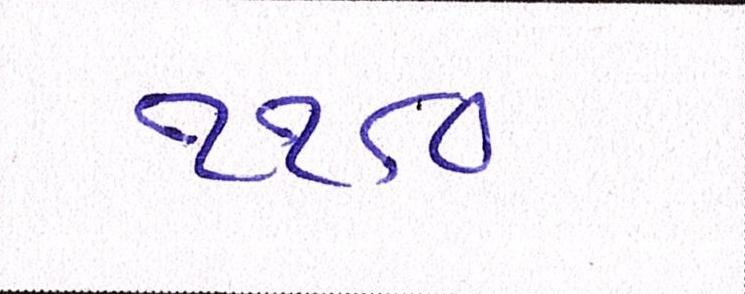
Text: ૧૧૮૦